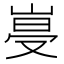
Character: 𡹨